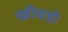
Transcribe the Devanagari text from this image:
खीचड़ो